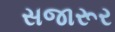
સજારૂર